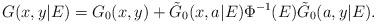
LaTeX: \begin{align*}G(x,y|E)= G_0(x,y) + \tilde{G}_0(x,a|E)\Phi^{-1}(E) \tilde{G}_0(a,y|E).\end{align*}